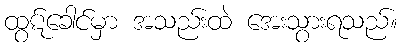
ထွဋ်ခေါင်မှာ အသည်းထဲ အေးသွားရသည်။